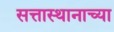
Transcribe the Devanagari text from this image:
सत्तास्थानाच्या